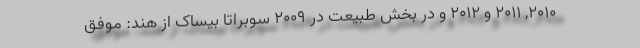
2010, 2011 و 2012 و در بخش طبیعت در 2009 سوبراتا بیساک از هند: موفق